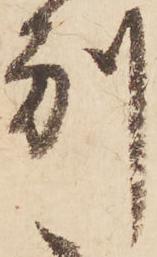
別